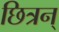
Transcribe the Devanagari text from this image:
छित्रन्